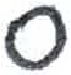
אות: ס